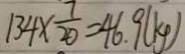
1 3 4 \times \frac { 7 } { 2 0 } = 4 6 . 9 ( k g )